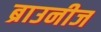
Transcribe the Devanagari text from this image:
ब्राउनीज